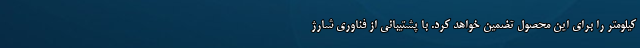
کیلومتر را برای این محصول تضمین خواهد کرد. با پشتیبانی از فناوری شارژ